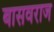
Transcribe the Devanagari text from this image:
बासवराज